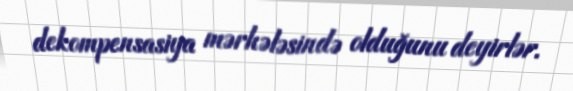
dekompensasiya mərhələsində olduğunu deyirlər.